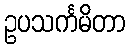
ဥပသင်္ကမိတာ